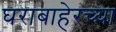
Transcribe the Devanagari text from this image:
घराबाहेरच्या